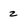
Character: 2